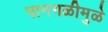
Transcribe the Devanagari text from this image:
पानगळीमुळे